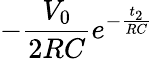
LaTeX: -\frac{V_{0}}{2RC}e^{-\frac{t_{2}}{RC}}